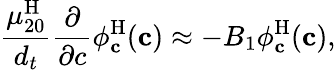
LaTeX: \frac{\mu_{20}^{\mathrm{H}}}{{d_{t}}}\frac{\partial}{\partial c}\phi_{\mathbf{c}}^{\mathrm{H}}(\mathbf{c})\approx-B_{1}\phi_{\mathbf{c}}^{\mathrm{H}}(\mathbf{c}),